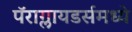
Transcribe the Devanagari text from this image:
पॅराग्लायडर्समध्ये